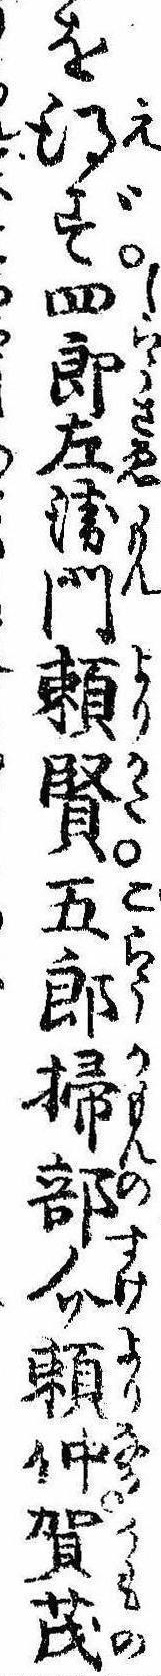
を得ず四郎左衛門頼賢五郎掃部介頼仲賀茂